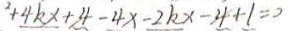
^ { 2 } + 4 k x + 4 - 4 x - 2 k x - 4 + 1 = 0